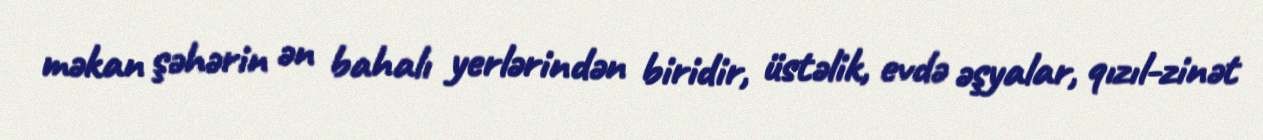
məkan şəhərin ən bahalı yerlərindən biridir, üstəlik, evdə əşyalar, qızıl-zinət